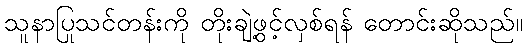
သူနာပြုသင်တန်းကို တိုးချဲ့ဖွင့်လှစ်ရန် တောင်းဆိုသည်။